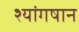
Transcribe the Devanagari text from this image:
श्यांगषान